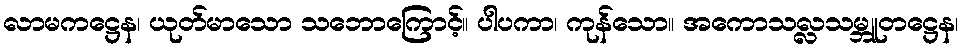
လာမကဋ္ဌေန၊ ယုတ်မာသော သဘောကြောင့်။ ပါပကာ၊ ကုန်သော။ အကောသလ္လသမ္ဘူတဋ္ဌေန၊